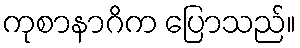
ကုစာနာဂိက ပြောသည်။